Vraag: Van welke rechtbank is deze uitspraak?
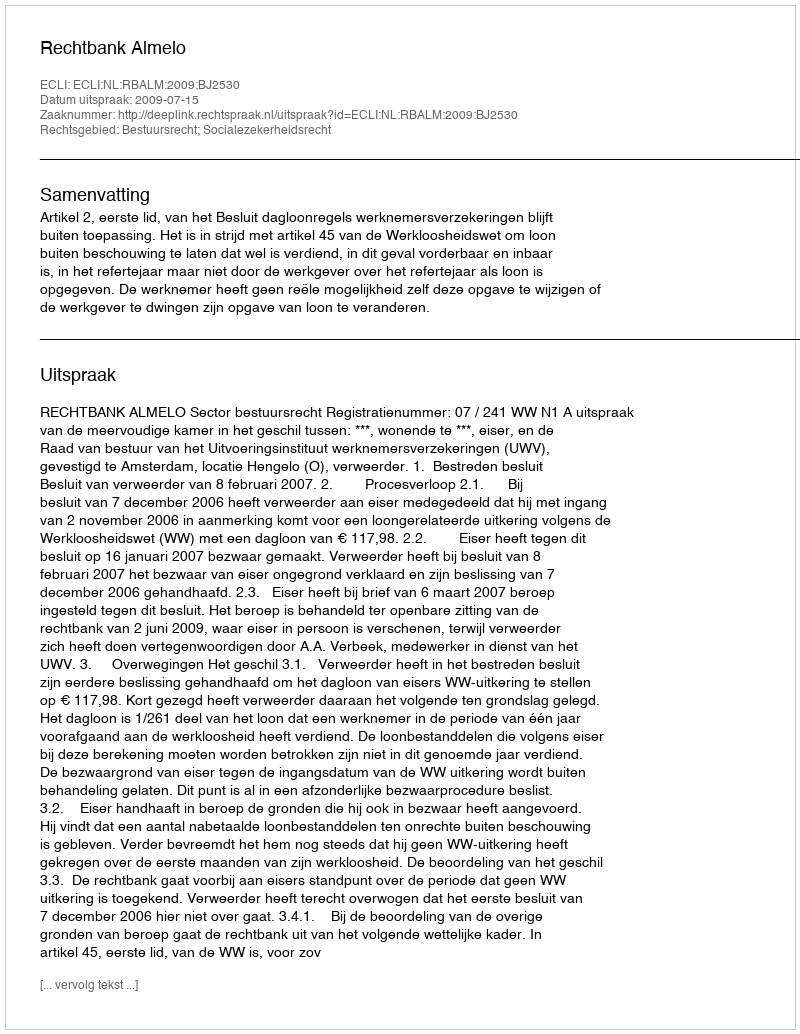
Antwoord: Rechtbank Almelo